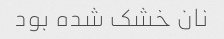
نان خشک شده بود